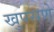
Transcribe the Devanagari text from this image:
खुपसणे